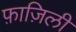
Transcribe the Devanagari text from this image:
फ़ाज़िली